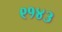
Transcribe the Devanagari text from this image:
९१४३